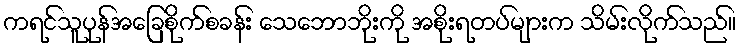
ကရင်သူပုန်အခြေစိုက်စခန်း သေဘောဘိုးကို အစိုးရတပ်များက သိမ်းလိုက်သည်။